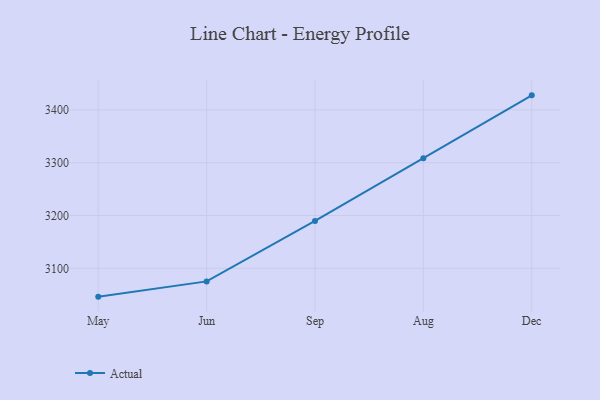
{"axis": {"x": "Month", "y": "Headcount"}, "legend": ["Actual"], "data": [{"x": "May", "y": 3046.4, "type": "Actual"}, {"x": "Jun", "y": 3075.3, "type": "Actual"}, {"x": "Sep", "y": 3189.7, "type": "Actual"}, {"x": "Aug", "y": 3308.3, "type": "Actual"}, {"x": "Dec", "y": 3427.6, "type": "Actual"}]}